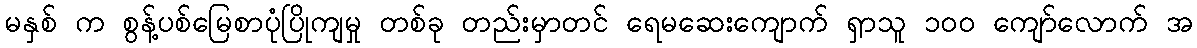
မနှစ် က စွန့်ပစ်မြေစာပုံပြိုကျမှု တစ်ခု တည်းမှာတင် ရေမဆေးကျောက် ရှာသူ ၁၀၀ ကျော်လောက် အ